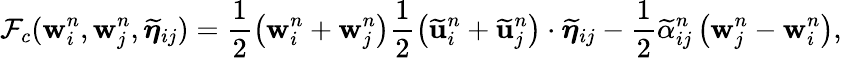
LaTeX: \mathcal{F}_{c}(\mathbf{w}_{i}^{n},\mathbf{w}_{j}^{n},\widetilde{\boldsymbol{\eta}}_{ij})=\displaystyle\frac{1}{2}\left(\mathbf{w}_{i}^{n}+\mathbf{w}_{j}^{n}\right)\frac{1}{2}\left(\widetilde{\mathbf{u}}_{i}^{n}+\widetilde{\mathbf{u}}_{j}^{n}\right)\cdot\widetilde{\boldsymbol{\eta}}_{ij}-\frac{1}{2}\widetilde{\alpha}_{ij}^{n}\left(\mathbf{w}_{j}^{n}-\mathbf{w}_{i}^{n}\right),